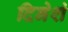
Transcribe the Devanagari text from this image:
दिनेशं